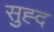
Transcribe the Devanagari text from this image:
सुह्द